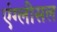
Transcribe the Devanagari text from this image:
एंग्लीसल